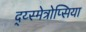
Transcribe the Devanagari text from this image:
द्य्स्मेत्रोप्सिया